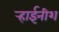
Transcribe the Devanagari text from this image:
र्‍हाईनीश